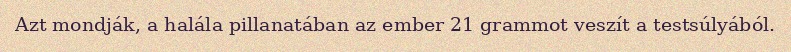
Azt mondják, a halála pillanatában az ember 21 grammot veszít a testsúlyából.